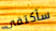
سأكتفي